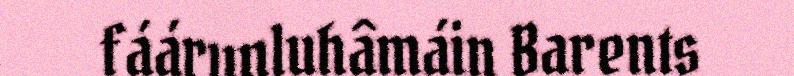
fáárunluhâmáin Barents